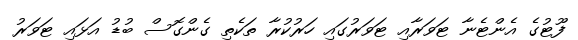
ފޫޓުގެ އެންޓެނާ ޓަވަރާއި ޓަވަރުގައި ހަރުކުރާ ތަކެތި ގެންގޮސް ބުޑު އަޅައި ޓަވަރު